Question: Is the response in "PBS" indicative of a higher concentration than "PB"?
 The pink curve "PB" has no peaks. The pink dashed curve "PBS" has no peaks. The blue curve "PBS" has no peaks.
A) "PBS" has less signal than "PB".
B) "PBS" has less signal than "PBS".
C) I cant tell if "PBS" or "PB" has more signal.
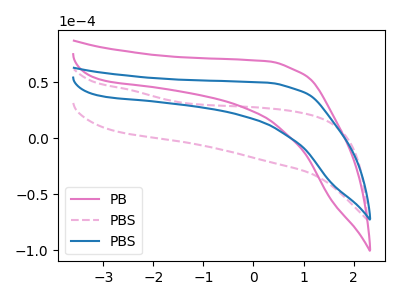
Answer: <think>Neither "PBS" or "PB" have any peaks.
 </think>
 <answer>C) I cant tell if "PBS" or "PB" has more signal.</answer>
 <eval>C</eval>